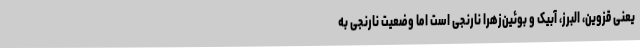
یعنی قزوین، البرز، آبیک و بوئین‌زهرا نارنجی است اما وضعیت نارنجی به